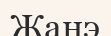
Жанэ